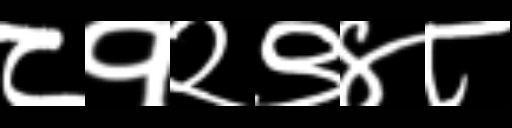
Text: ८१२९४८